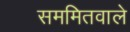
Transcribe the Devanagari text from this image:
सममितवाले